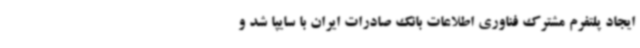
ایجاد پلتفرم مشترک فناوری اطلاعات بانک صادرات ایران با سایپا شد و